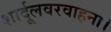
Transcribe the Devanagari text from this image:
शार्दूलवरवाहना।